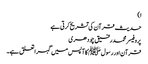
ا)
حدیث قرآن کی تشریح کرتی ہے
پروفیسر محمد رفیق چودھری
قرآن اور رسول ﷺ کا آپس میں گہرا تعلق ہے۔